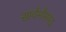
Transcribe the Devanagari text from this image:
सार्वभौमपद